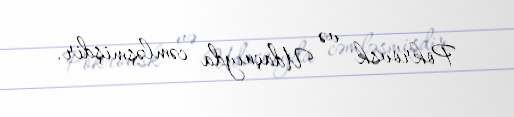
Pokrovsk və Udaçnıyda cəmləşmişdir.